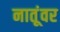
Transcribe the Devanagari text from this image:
नातूंवर